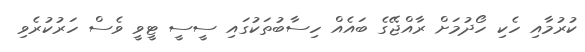
ކުރުމާއި ހެކި ހޯދުމަށް ރާއްޖޭގެ ބައެއް ހިސާބުތަކުގައި ސީސީ ޓީވީ ވެސް ހަރުކުރެވި